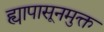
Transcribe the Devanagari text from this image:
ह्यापासूनमुक्त